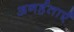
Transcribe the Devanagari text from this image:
अनर्हताएँ